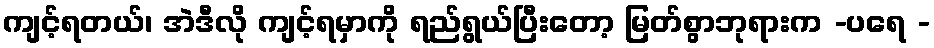
ကျင့်ရတယ်၊ အဲဒီလို ကျင့်ရမှာကို ရည်ရွယ်ပြီးတော့ မြတ်စွာဘုရားက -ပရေ -